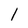
Character: I